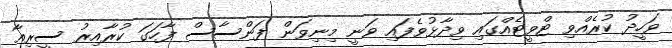
ވަހީދު ކުރެއްވި ޓްވީޓެއްގައި ވިދާޅުވެފައި ވަނީ މިނިވަން ފަންސާސް ފާހަގަ ކުރާއިރު ސީރިއާ